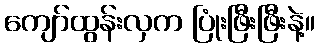
ကျော်ထွန်းလှက ပြုံးဖြီးဖြီးနဲ့။